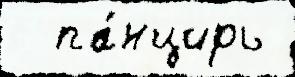
  па́нцирь